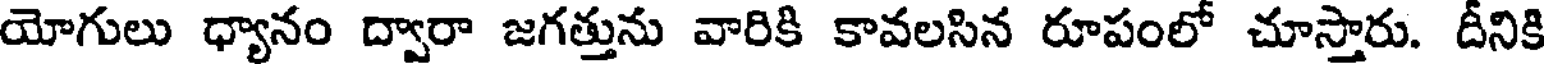
యోగులు ధ్యానం ద్వారా జగత్తును వారికి కావలసిన రూపంలో చూస్తారు. దీనికి